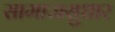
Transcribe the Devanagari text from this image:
सामाजसुधार